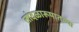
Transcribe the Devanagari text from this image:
तांदळारूपातल्या